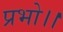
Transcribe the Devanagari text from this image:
प्रभो।।